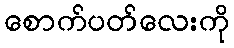
စောက်ပတ်လေးကို